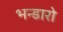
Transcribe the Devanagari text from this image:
भन्डारो